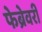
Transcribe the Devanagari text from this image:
फेब्रेवरी